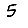
Digit: 5